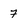
Character: 7